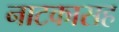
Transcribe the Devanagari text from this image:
नाटकासह